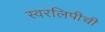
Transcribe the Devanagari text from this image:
स्वरलिपीची